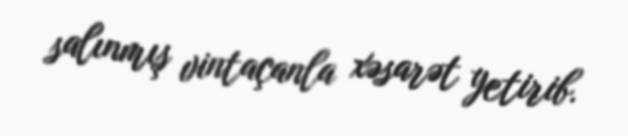
salınmış vintaçanla xəsarət yetirib.